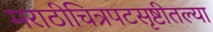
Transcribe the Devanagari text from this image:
मराठीचित्रपटसृष्टीतल्या